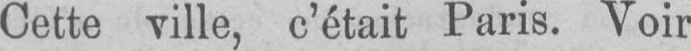
Cette ville, c’était Paris. Voir